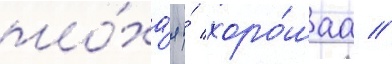
плоха́я и́ хоро́шаа //